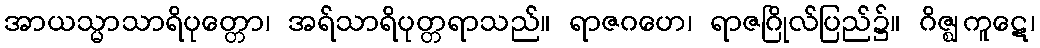
အာယသ္မာသာရိပုတ္တော၊ အရ်သာရိပုတ္တရာသည်။ ရာဇဂဟေ၊ ရာဇဂြိုလ်ပြည်၌။ ဂိဇ္ဈကူဋေ၊